Document type: Sale
Year: 1451
Scribe: [Unknown]
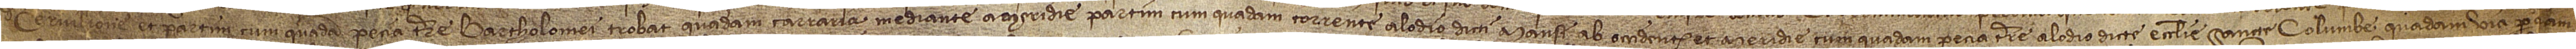
de Cervilione et partim cum quadam pecia terre Bartholomei Trobat, quadam carraria mediante; a meridie partim cum quadam torrente, alodio dicti mansi; ab occidente et meridie cum quadam pecia terre, alodio dicte ecclesie Sancte Columbe, quadam via per [...]am